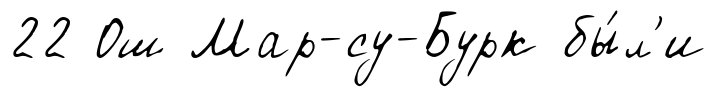
22 Ош Мар-су-Бурк бы́л'и